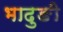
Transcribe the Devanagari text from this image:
भादुङी